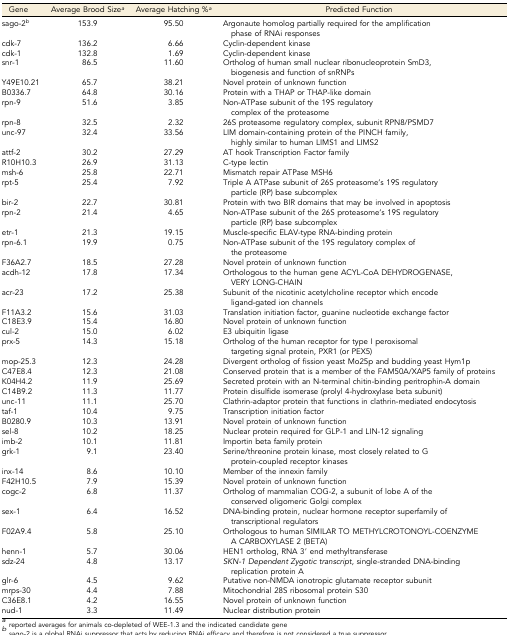
<table><thead><tr><td><b>Gene</b></td><td><b>Average Brood Size<i><sup>a</sup></i></b></td><td><b>Average Hatching %<i><sup>a</sup></i></b></td><td><b>Predicted Function</b></td></tr></thead><tbody><tr><td>sago-2<i><sup>b</sup></i></td><td>153.9</td><td>95.50</td><td>Argonaute homolog partially required for the amplification phase of RNAi responses</td></tr><tr><td>cdk-7</td><td>136.2</td><td>6.66</td><td>Cyclin-dependent kinase</td></tr><tr><td>cdk-1</td><td>132.8</td><td>1.69</td><td>Cyclin-dependent kinase</td></tr><tr><td>snr-1</td><td>86.5</td><td>11.60</td><td>Ortholog of human small nuclear ribonucleoprotein SmD3, biogenesis and function of snRNPs</td></tr><tr><td>Y49E10.21</td><td>65.7</td><td>38.21</td><td>Novel protein of unknown function</td></tr><tr><td>B0336.7</td><td>64.8</td><td>30.16</td><td>Protein with a THAP or THAP-like domain</td></tr><tr><td>rpn-9</td><td>51.6</td><td>3.85</td><td>Non-ATPase subunit of the 19S regulatory complex of the proteasome</td></tr><tr><td>rpn-8</td><td>32.5</td><td>2.32</td><td>26S proteasome regulatory complex, subunit RPN8/PSMD7</td></tr><tr><td>unc-97</td><td>32.4</td><td>33.56</td><td>LIM domain-containing protein of the PINCH family, highly similar to human LIMS1 and LIMS2</td></tr><tr><td>attf-2</td><td>30.2</td><td>27.29</td><td>AT hook Transcription Factor family</td></tr><tr><td>R10H10.3</td><td>26.9</td><td>31.13</td><td>C-type lectin</td></tr><tr><td>msh-6</td><td>25.8</td><td>22.71</td><td>Mismatch repair ATPase MSH6</td></tr><tr><td>rpt-5</td><td>25.4</td><td>7.92</td><td>Triple A ATPase subunit of 26S proteasome’s 19S regulatory particle (RP) base subcomplex</td></tr><tr><td>bir-2</td><td>22.7</td><td>30.81</td><td>Protein with two BIR domains that may be involved in apoptosis</td></tr><tr><td>rpn-2</td><td>21.4</td><td>4.65</td><td>Non-ATPase subunit of the 26S proteasome’s 19S regulatory particle (RP) base subcomplex</td></tr><tr><td>etr-1</td><td>21.3</td><td>19.15</td><td>Muscle-specific ELAV-type RNA-binding protein</td></tr><tr><td>rpn-6.1</td><td>19.9</td><td>0.75</td><td>Non-ATPase subunit of the 19S regulatory complex of the proteasome</td></tr><tr><td>F36A2.7</td><td>18.5</td><td>27.28</td><td>Novel protein of unknown function</td></tr><tr><td>acdh-12</td><td>17.8</td><td>17.34</td><td>Orthologous to the human gene ACYL-CoA DEHYDROGENASE, VERY LONG-CHAIN</td></tr><tr><td>acr-23</td><td>17.2</td><td>25.38</td><td>Subunit of the nicotinic acetylcholine receptor which encode ligand-gated ion channels</td></tr><tr><td>F11A3.2</td><td>15.6</td><td>31.03</td><td>Translation initiation factor, guanine nucleotide exchange factor</td></tr><tr><td>C18E3.9</td><td>15.4</td><td>16.80</td><td>Novel protein of unknown function</td></tr><tr><td>cul-2</td><td>15.0</td><td>6.02</td><td>E3 ubiquitin ligase</td></tr><tr><td>prx-5</td><td>14.3</td><td>15.18</td><td>Ortholog of the human receptor for type I peroxisomal targeting signal protein, PXR1 (or PEX5)</td></tr><tr><td>mop-25.3</td><td>12.3</td><td>24.28</td><td>Divergent ortholog of fission yeast Mo25p and budding yeast Hym1p</td></tr><tr><td>C47E8.4</td><td>12.3</td><td>21.08</td><td>Conserved protein that is a member of the FAM50A/XAP5 family of proteins</td></tr><tr><td>K04H4.2</td><td>11.9</td><td>25.69</td><td>Secreted protein with an N-terminal chitin-binding peritrophin-A domain</td></tr><tr><td>C14B9.2</td><td>11.3</td><td>11.77</td><td>Protein disulfide isomerase (prolyl 4-hydroxylase beta subunit)</td></tr><tr><td>unc-11</td><td>11.1</td><td>25.70</td><td>Clathrin-adaptor protein that functions in clathrin-mediated endocytosis</td></tr><tr><td>taf-1</td><td>10.4</td><td>9.75</td><td>Transcription initiation factor</td></tr><tr><td>B0280.9</td><td>10.3</td><td>13.91</td><td>Novel protein of unknown function</td></tr><tr><td>sel-8</td><td>10.2</td><td>18.25</td><td>Nuclear protein required for GLP-1 and LIN-12 signaling</td></tr><tr><td>imb-2</td><td>10.1</td><td>11.81</td><td>Importin beta family protein</td></tr><tr><td>grk-1</td><td>9.1</td><td>23.40</td><td>Serine/threonine protein kinase, most closely related to G protein-coupled receptor kinases</td></tr><tr><td>inx-14</td><td>8.6</td><td>10.10</td><td>Member of the innexin family</td></tr><tr><td>F42H10.5</td><td>7.9</td><td>15.39</td><td>Novel protein of unknown function</td></tr><tr><td>cogc-2</td><td>6.8</td><td>11.37</td><td>Ortholog of mammalian COG-2, a subunit of lobe A of the conserved oligomeric Golgi complex</td></tr><tr><td>sex-1</td><td>6.4</td><td>16.52</td><td>DNA-binding protein, nuclear hormone receptor superfamily of transcriptional regulators</td></tr><tr><td>F02A9.4</td><td>5.8</td><td>25.10</td><td>Orthologous to human SIMILAR TO METHYLCROTONOYL-COENZYME A CARBOXYLASE 2 (BETA)</td></tr><tr><td>henn-1</td><td>5.7</td><td>30.06</td><td>HEN1 ortholog, RNA 3′ end methyltransferase</td></tr><tr><td>sdz-24</td><td>4.8</td><td>13.17</td><td><i>SKN-1 Dependent Zygotic transcript</i>, single-stranded DNA-binding replication protein A</td></tr><tr><td>glr-6</td><td>4.5</td><td>9.62</td><td>Putative non-NMDA ionotropic glutamate receptor subunit</td></tr><tr><td>mrps-30</td><td>4.4</td><td>7.88</td><td>Mitochondrial 28S ribosomal protein S30</td></tr><tr><td>C36E8.1</td><td>4.2</td><td>16.55</td><td>Novel protein of unknown function</td></tr><tr><td>nud-1</td><td>3.3</td><td>11.49</td><td>Nuclear distribution protein</td></tr></tbody></table>